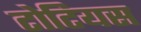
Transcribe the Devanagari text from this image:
टोटियस